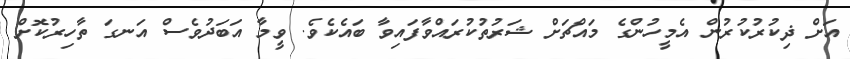
އަށް ޛިކުރުކުރުން އެމީހުންގެ މައްޗަށް ޝަރުތުކުރައްވާފައިވާ ބައެކެވެ. ވީމާ އަބަދުވެސް އަނގަ ތާހިރުކޮށް